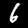
Label: 6